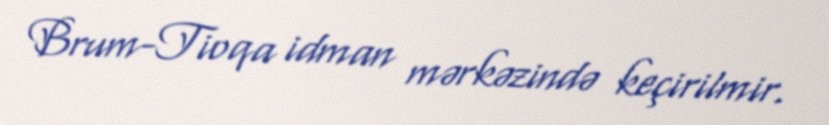
Brum-Tioqa idman mərkəzində keçirilmir.